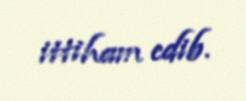
ittiham edib.